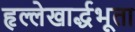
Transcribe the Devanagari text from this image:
हृल्लेखार्द्धभूता